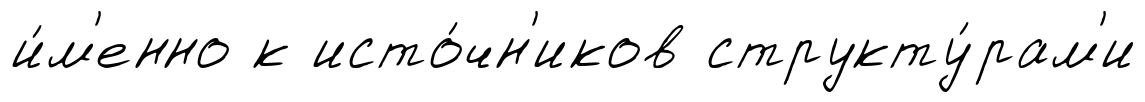
и́м'енно к исто́чн'иков структу́рам'и